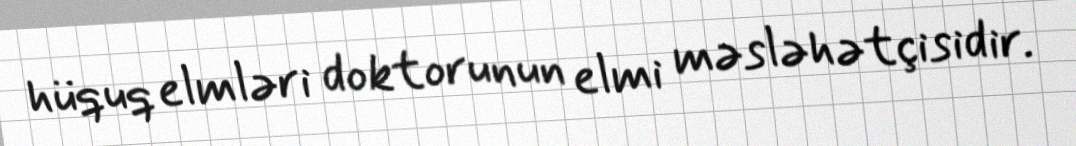
hüquq elmləri doktorunun elmi məsləhətçisidir.